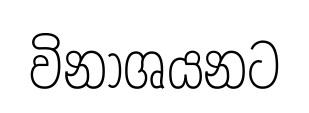
විනාශයනට